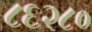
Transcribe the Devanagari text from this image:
८६२८०